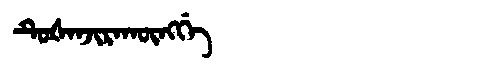
Manchu: ᡨᡠᡧᠠᠨᠵᡳᡵᠠᡴᡡᠩᡤᡝ
Romanization: TUŠANJIRAKŪNGGE